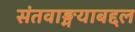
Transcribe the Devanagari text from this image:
संतवाङ्मयाबद्दल